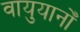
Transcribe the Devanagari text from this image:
वायुयानोँ